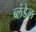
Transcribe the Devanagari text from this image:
ब्लंडेल